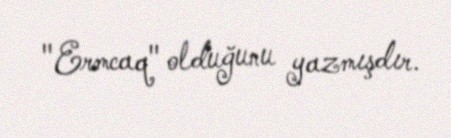
"Ermcaq" olduğunu yazmışdır.